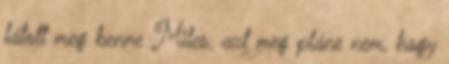
látott meg benne Miles, azt meg pláne nem, hogy